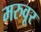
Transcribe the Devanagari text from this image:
मरुवूर